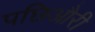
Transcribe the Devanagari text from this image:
पछिऔरी